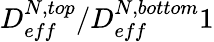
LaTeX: D_{eff}^{N,top}/D_{eff}^{N,bottom}1